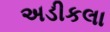
અડીકલા